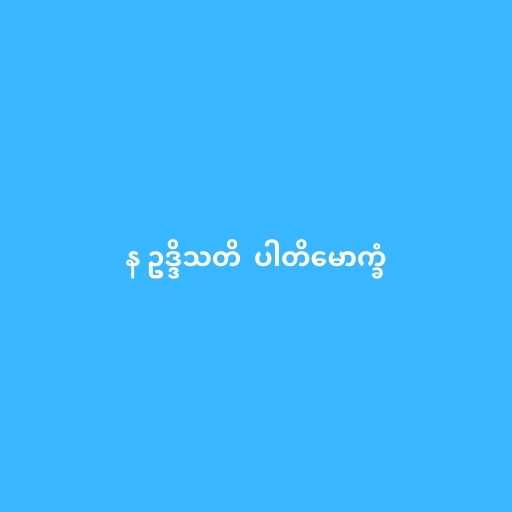
န ဥဒ္ဒိသတိ  ပါတိမောက္ခံ